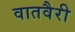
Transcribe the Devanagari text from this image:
वातवैरी